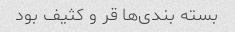
بسته بندی‌ها قر و کثیف بود